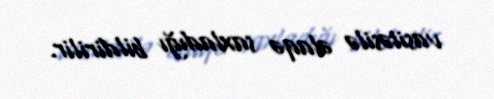
vasitəsilə əlaqə saxladığı bildirilir.